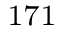
^ { 1 7 1 }